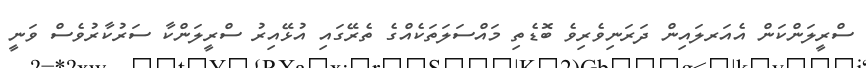
ސްރީލަންކަން އެއަރލައިން ދަރަނިވެރިވެ ބޮޑެތި މައްސަލަތަކެއްގެ ތެރޭގައި އުޅޭއިރު ސްރީލަންކާ ސަރުކާރުވެސް ވަނީ